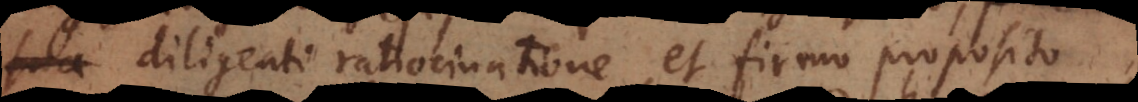
diligenti ratiocinatione, et firmo proposito